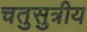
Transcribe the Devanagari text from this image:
चतुसुत्रीय